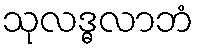
သုလဒ္ဓလာဘံ